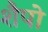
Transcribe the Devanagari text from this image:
शैपो